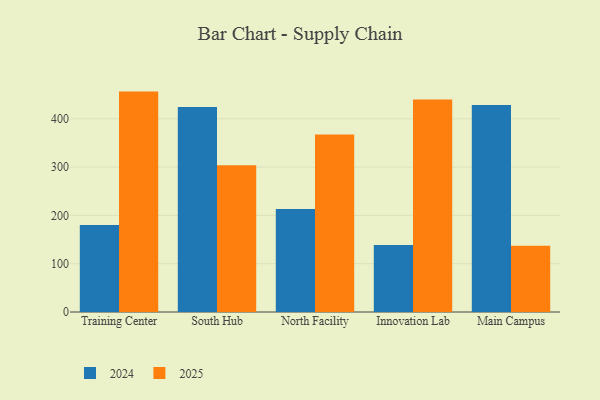
{"axis": {"x": "Campus", "y": "Waste Production (Tons)"}, "legend": ["2024", "2025"], "data": [{"x": "Training Center", "y": 179.9, "type": "2024"}, {"x": "Training Center", "y": 456.3, "type": "2025"}, {"x": "South Hub", "y": 424.5, "type": "2024"}, {"x": "South Hub", "y": 303.7, "type": "2025"}, {"x": "North Facility", "y": 213.1, "type": "2024"}, {"x": "North Facility", "y": 367.5, "type": "2025"}, {"x": "Innovation Lab", "y": 138.7, "type": "2024"}, {"x": "Innovation Lab", "y": 440.1, "type": "2025"}, {"x": "Main Campus", "y": 428.4, "type": "2024"}, {"x": "Main Campus", "y": 137.1, "type": "2025"}]}